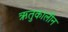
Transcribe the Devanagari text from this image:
ऋतुकालीन